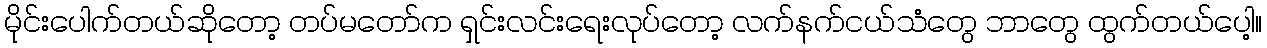
မိုင်းပေါက်တယ်ဆိုတော့ တပ်မတော်က ရှင်းလင်းရေးလုပ်တော့ လက်နက်ငယ်သံတွေ ဘာတွေ ထွက်တယ်ပေါ့။